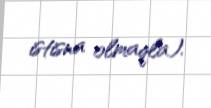
istisna olmaqla).